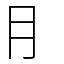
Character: ⺝